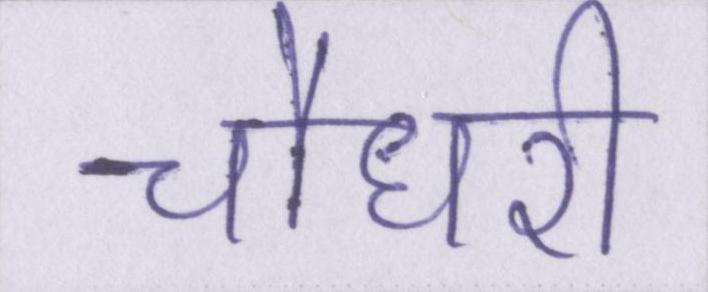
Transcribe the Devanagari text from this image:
चौधरी